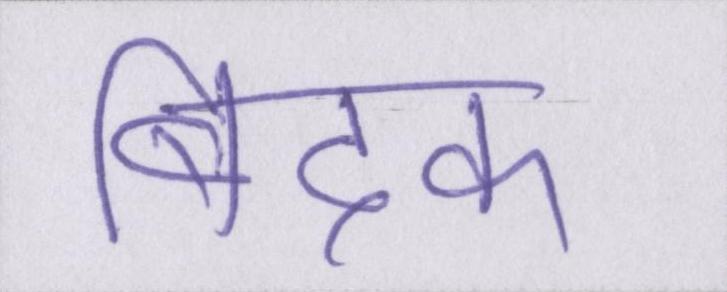
बिदक